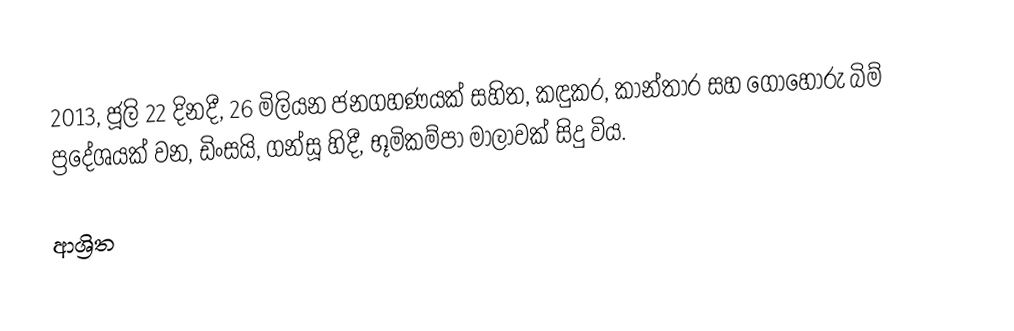
2013, ජූලි 22 දිනදී,   26 මිලියන ජනගහණයක් සහිත,  කඳුකර, කාන්තාර සහ ගොහොරු බිම්  ප්‍රදේශයක් වන, ඩිංසයි, ගන්සූ හිදී, භූමිකම්පා මාලාවක් සිදු විය.

ආශ්‍රිත